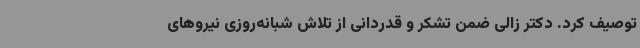
توصیف کرد. دکتر زالی ضمن تشکر و قدردانی از تلاش شبانه‌روزی نیروهای